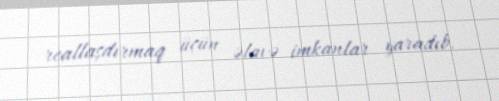
reallaşdırmaq üçün əlavə imkanlar yaradıb.